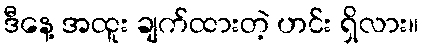
ဒီနေ့ အထူး ချက်ထားတဲ့ ဟင်း ရှိလား။